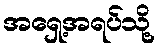
အရှေ့အရပ်သို့